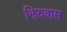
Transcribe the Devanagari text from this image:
झिरुवास